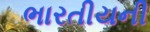
ભારતીયની